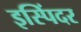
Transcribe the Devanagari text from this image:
इस्पिंदर